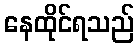
နေထိုင်ရသည်